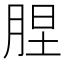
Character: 𦛠